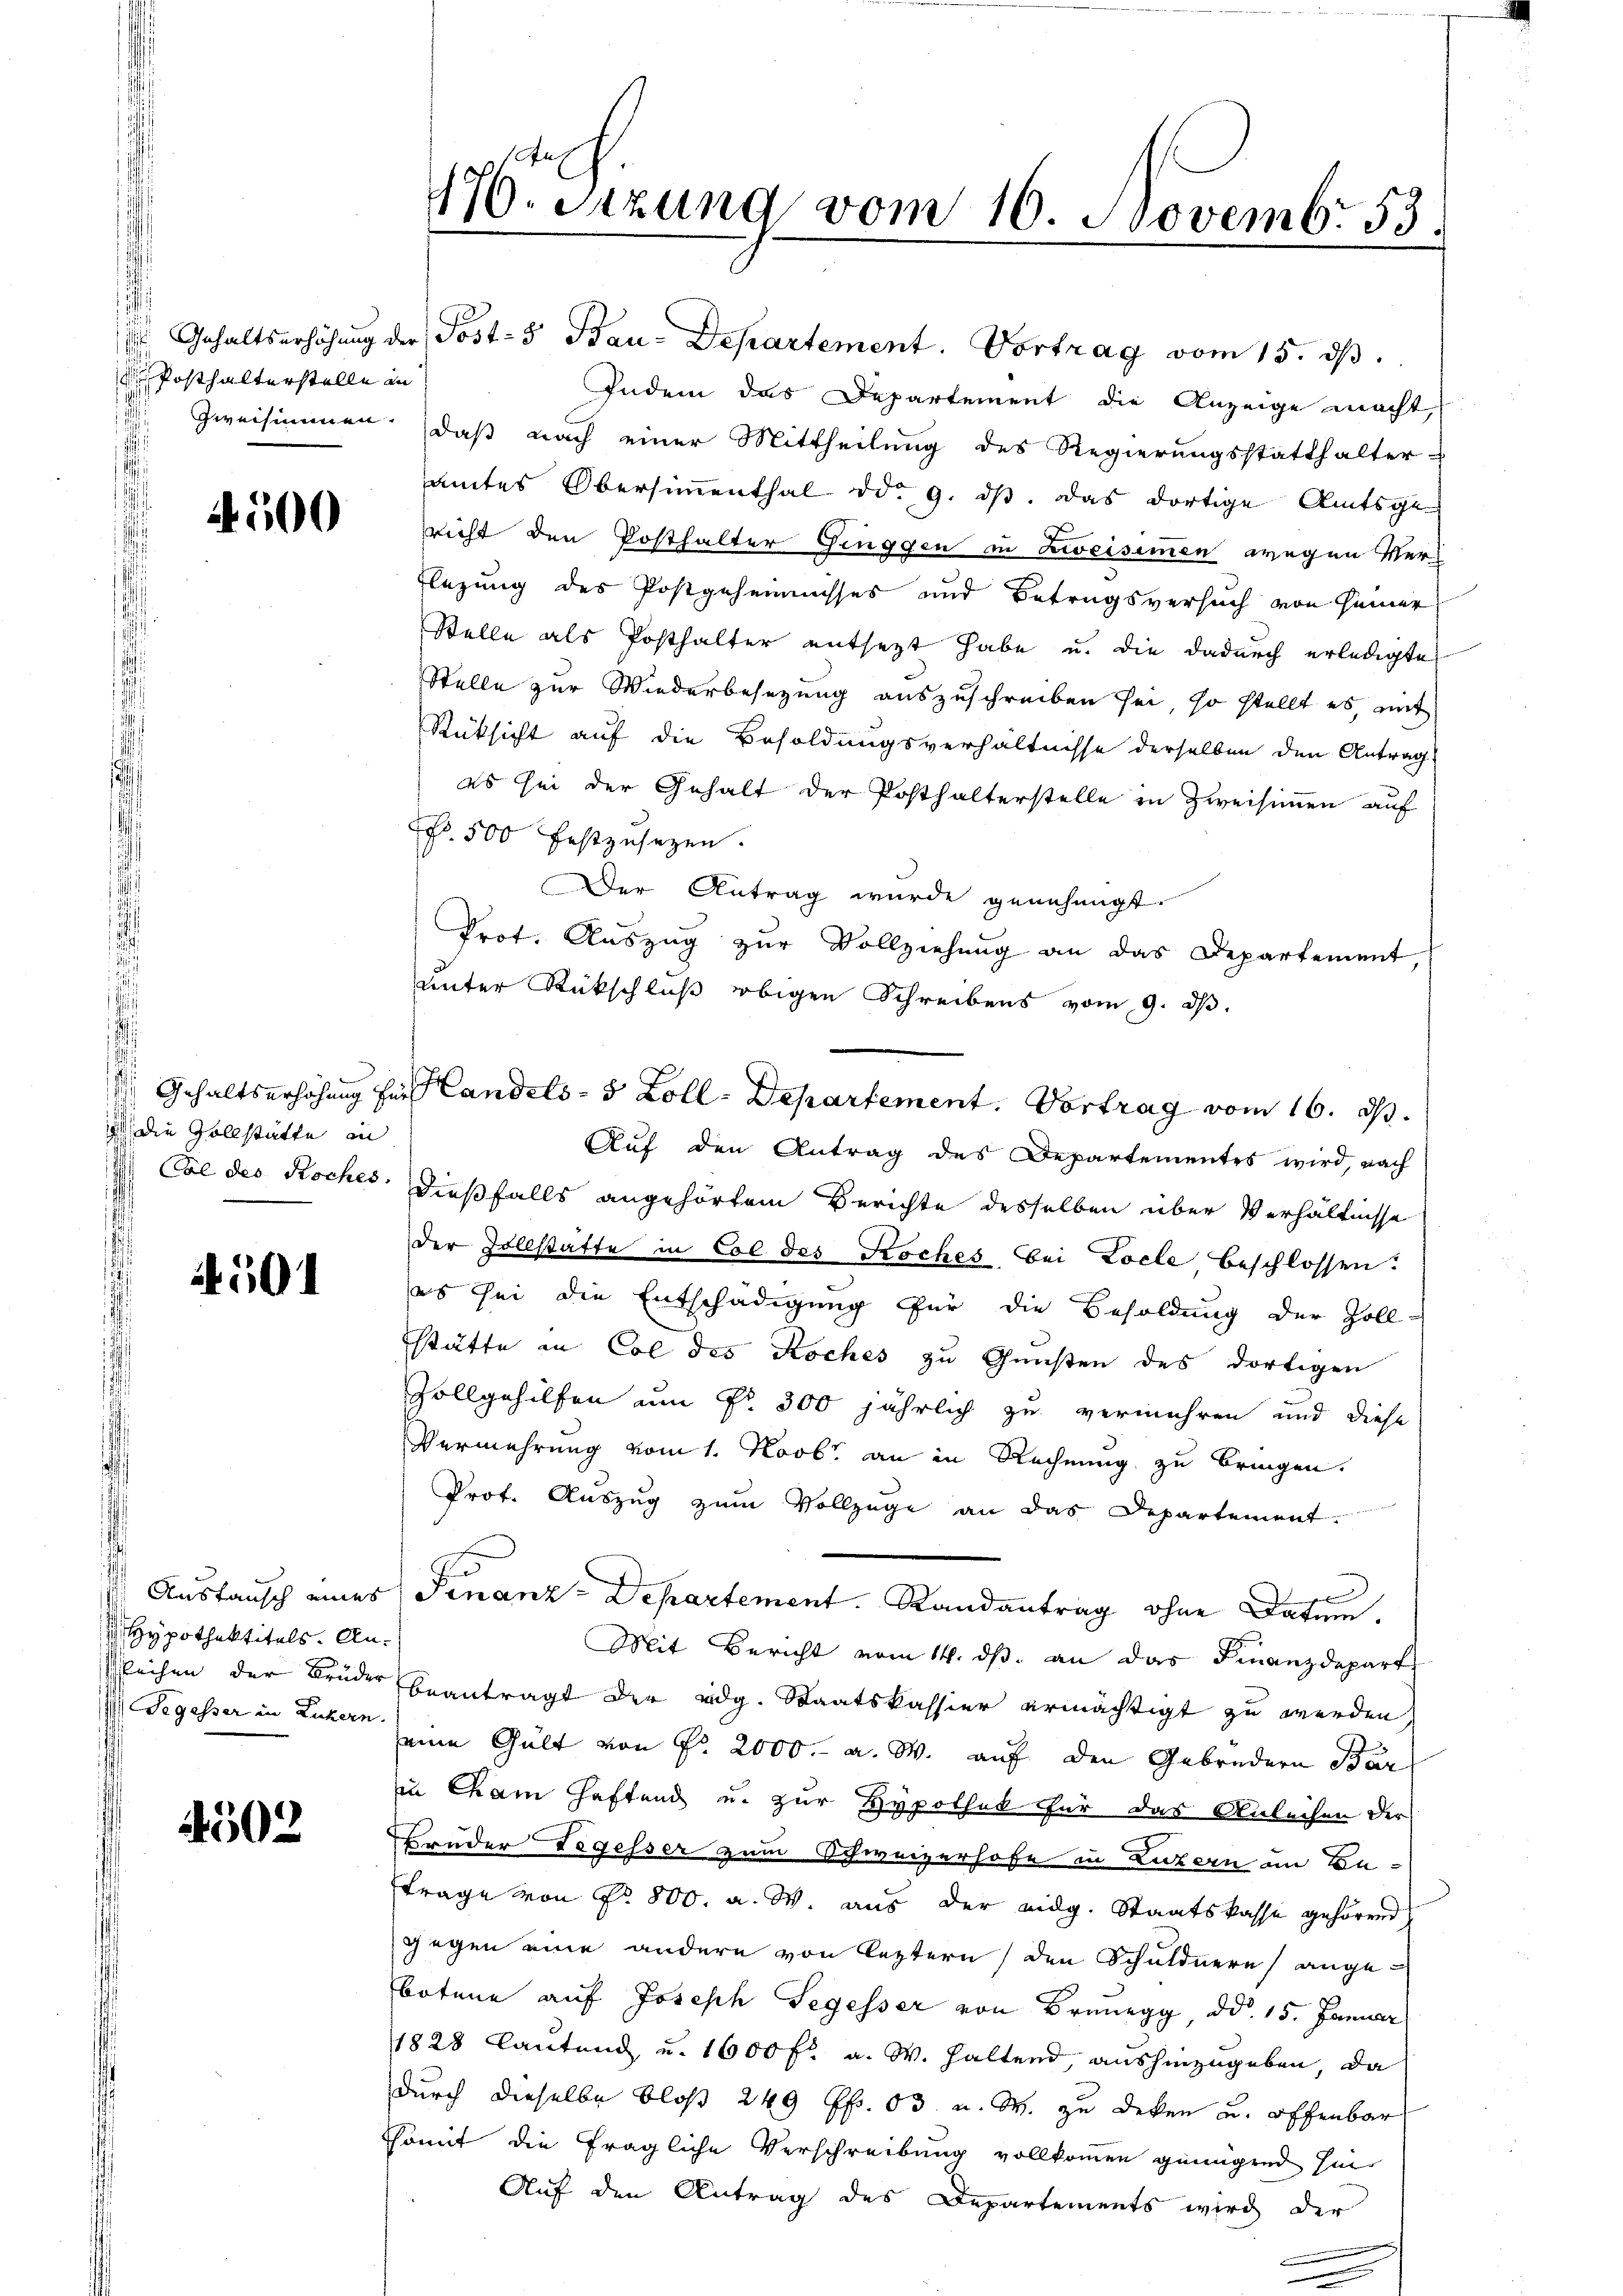
Posthalterstelle an

4500

a die Gollstätte in

4501

Hypothektitels. An¬
Segesser in Zuckern.

4502

Indem das Departement die Anzeige macht,
Zweisimmen. daß nach einer Mittheilung des Regierungsstatthalter-
amtes Obersimmenthal ddo 9. dβ. das dortige Amtsge-
richt den Posthalter Ginggen in Zweisimmen wegen Ver¬
Flegung des Postgeheimisses und Betragsversuch von seiner
Stelle als Posthalter entsetzt habe u. die dadurch erledigte
Stelle zur Wiederbesezung auszuschreiben sei, so stellt es, mit
Rüksicht auf die Besoldungsverhältnisse derselben den Antrag
es sei der Gehalt der Posthalterstelle in Zweisimmen auf
No. 500 festzusetzen.
Der Antrag wurde genehmigt.
Prot. Auszug zur Vollziehung an das Departement,
unter Rückschluß obigen Schreibens vom 9. ds.
Auf den Antrag des Departementes wird, nach
Cal des Koches, dießfalls angehörtem Berichte desselben über Verhältnisse
der Zollstatte in Col des Koches bei Zoele beschlossen.
es sei die Entschädigung für die Besoldung der Zoll-
stätte in Col des Koches zu Gunsten des dortigen
Zollgehilfen um Fr. 300 jährlich zu vermehren und diese
Vermehrung vom 1. Novbr. an in Rechnung zu bringen.
Prof. Auszug zum Vollzüge an das Departement.
d
Austausch eines Finanz-Departement. Randantrag ohne Datum.
Mit Bericht vom 14. ds. an das Finanzdepart
Gleichen der Brüder beantragt der eidg. Staatskassier ermächtigt zu werden
eine Gült von Nr. 2000.- a. W. auf den Gebrüdern Bar
in Cham Haftend u. zur Hypothek für das Anleihen der
Bruder Tegesser zum Schweizerhofe in Luzern am En¬
Frage von No. 800. a. W. aus der eidg. Staatskasse gehörend
gegen eine andern von leztern / den Schuldnern angebotene auf Joseph Segesser von Brunegg d d. 15. Januar
1828 lautend u. 1600 fl. a. W. Haltend, aushinzugeben, da
durch dieselbe bloß 249 ff. 03 u. M. zu deken u. offenbar
somit die fragliche Verschreibung vollkommen genügend hie
Auf den Antrag des Departements wird der

470. Sitzung vom 10. Novemb. 53.

Gehaltserhöhŭng der Post- & Bau-Departement. Vortrag vom 15. dβ.

Gehaltserhöhung für Landels- 5 Zoll-Departement. Vortrag vom 16. d.